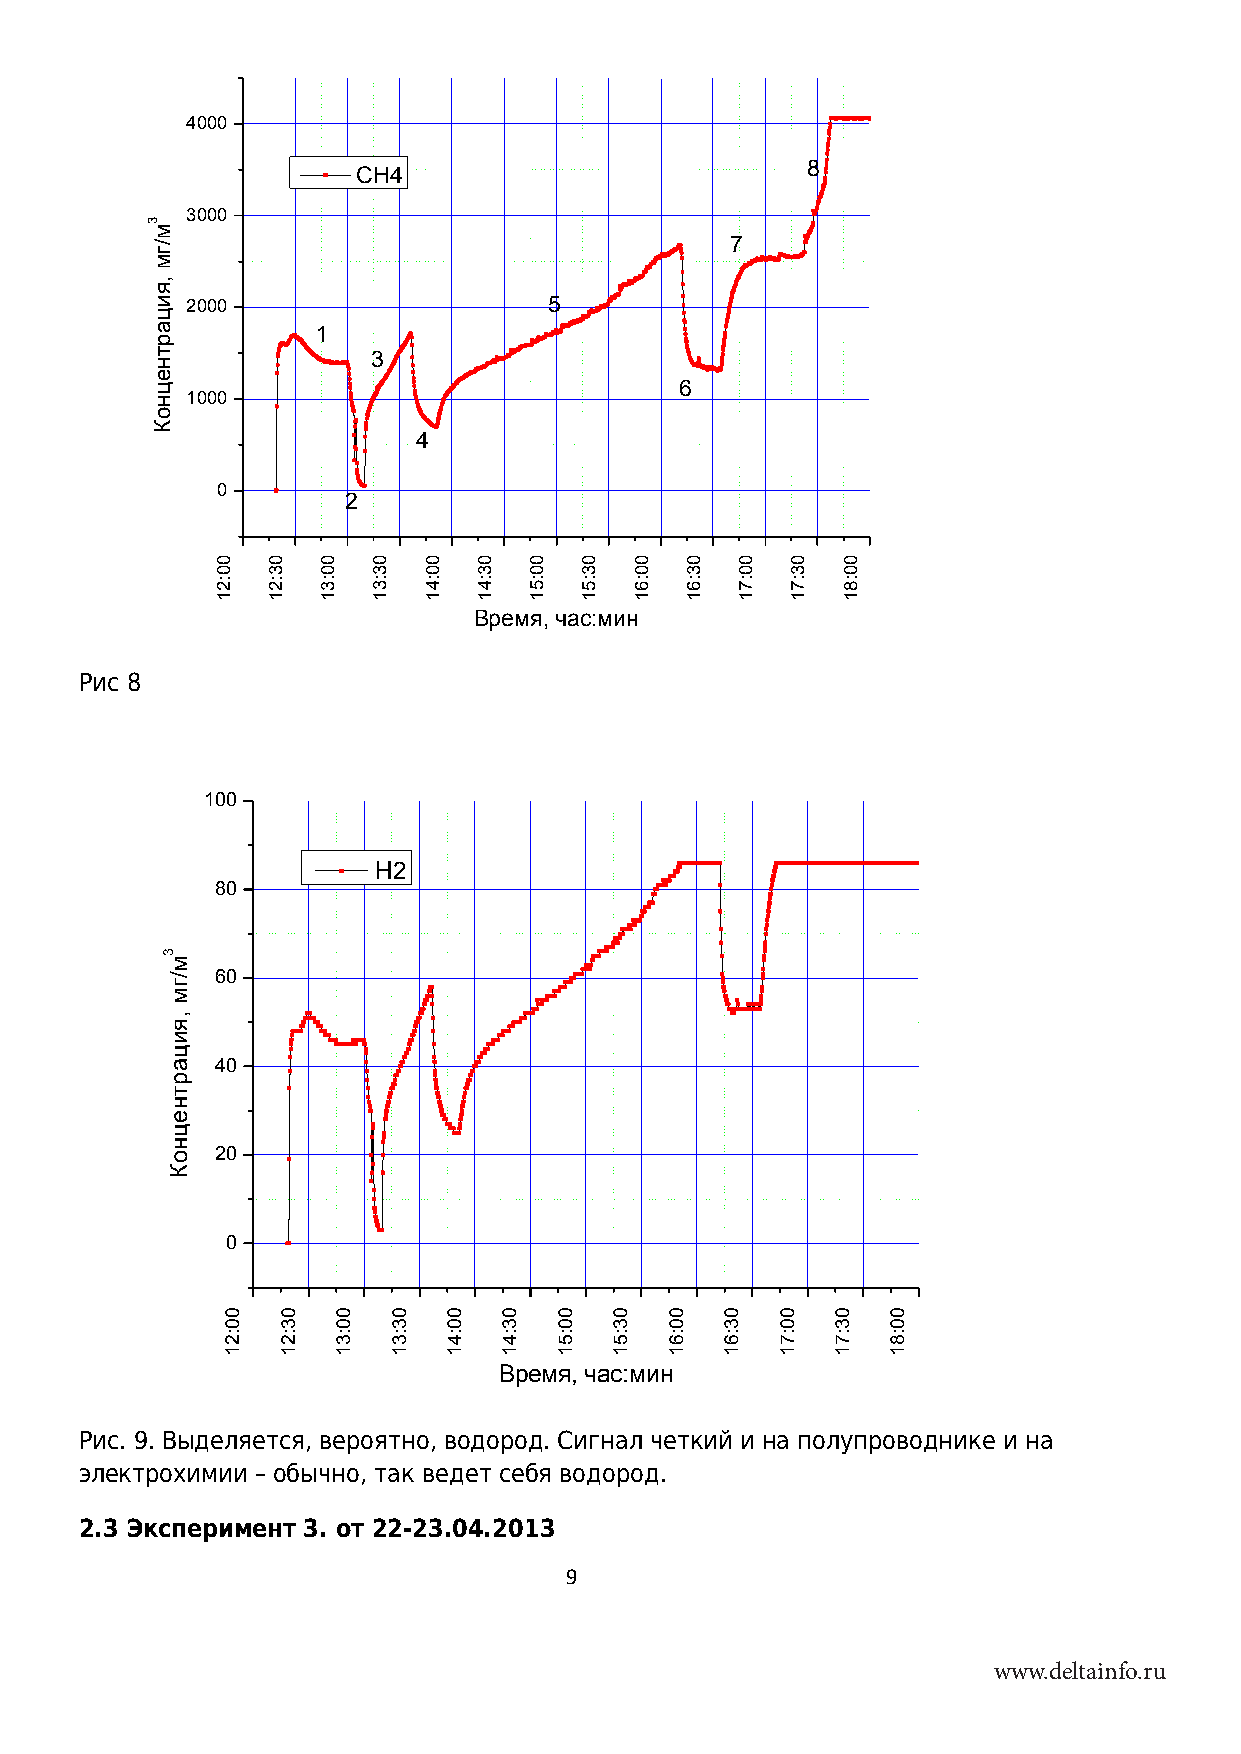
4000
 8
 СН4
 3000
 7
 2000                    5
 1
 3
 6
 1000
 4
 0
 2
 Время, час:мин
 Рис 8
 100
 Н2
 80
 60
 40
 20
 0
 Время, час:мин
 Рис. 9. Выделяется, вероятно, водород. Сигнал четкий и на полупроводнике и на
 электрохимии – обычно, так ведет себя водород.
 2.3 Эксперимент 3. от 22-23.04.2013
 9
 www.deltainfo.ru
 3м/гм
 ,яицартнецноК
 3м/гм
 ,яицартнецноК
 00:21
 00:21
 03:21
 03:21
 00:31
 00:31
 03:31
 03:31
 00:41
 00:41
 03:41
 03:41
 00:51
 00:51
 03:51
 03:51
 00:61
 00:61
 03:61
 03:61
 00:71
 00:71
 03:71
 03:71
 00:81
 00:81